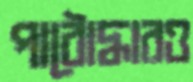
পাঠোদ্ধারও